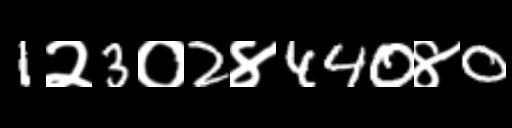
Text: 1२3०2४440४0